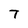
Character: T